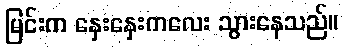
မြင်းက နှေးနှေးကလေး သွားနေသည်။